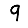
Digit: 9